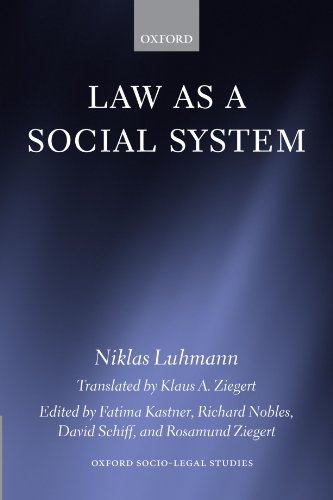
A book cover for Law as a Social System (Oxford Socio-Legal Studies); Niklas Luhmann; Law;